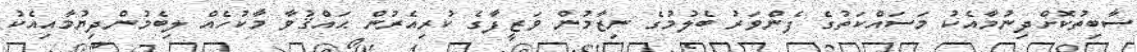
ސާބިތުކޮށްދިނުމާއެކު މަސައްކަތުގެ ފެންވަރު ބެލުމުގެ ނިޒާމުން ވަޒީފާގެ ކުރިއެރުން ޙައްޤުވާ މާކުހެއް ލިބެމުންދިޔުމާއިއެކު